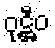
ဝုဋ္ဌီဝ